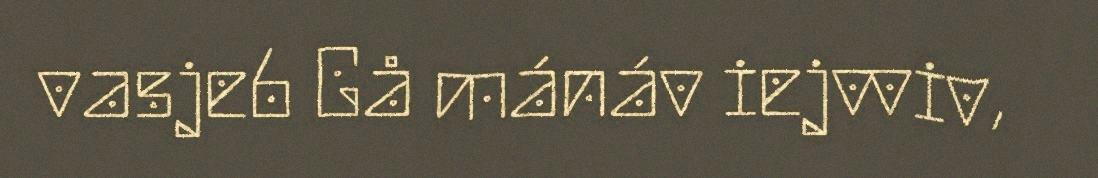
vasje6 Gå mánáv iejvviv,